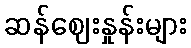
ဆန်ဈေးနှုန်းများ